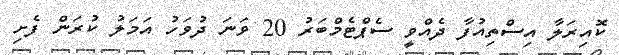
ކޮއިރަލާ އިސްތިއުފާ ދެއްވީ ސެޕްޓެމްބަރު 20 ވަނަ ދުވަހު އަމަލު ކުރަން ފެށި